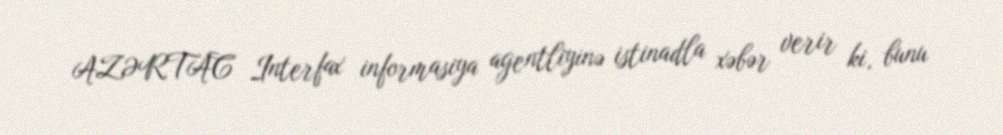
AZƏRTAC Interfax informasiya agentliyinə istinadla xəbər verir ki, bunu